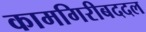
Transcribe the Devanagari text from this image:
कामगिरीबददल